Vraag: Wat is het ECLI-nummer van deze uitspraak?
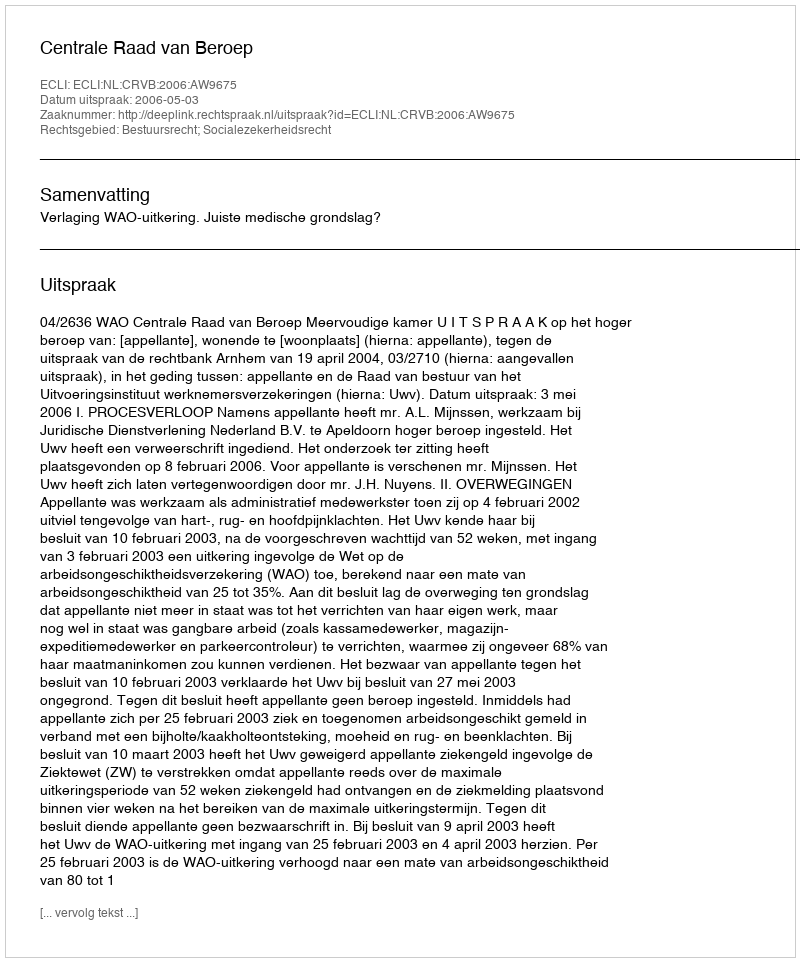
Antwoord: ECLI:NL:CRVB:2006:AW9675